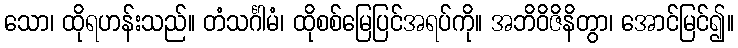
သော၊ ထိုရဟန်းသည်။ တံသင်္ဂါမံ၊ ထိုစစ်မြေပြင်အရပ်ကို။ အဘိဝိဇိနိတွာ၊ အောင်မြင်၍။